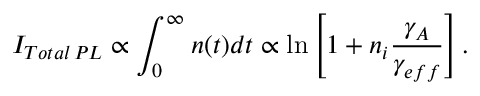
I _ { T o t a l \, P L } \propto \int _ { 0 } ^ { \infty } n ( t ) d t \propto \ln \left[ 1 + n _ { i } \frac { \gamma _ { A } } { \gamma _ { e f f } } \right] .